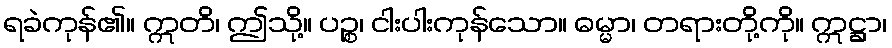
ရခဲကုန်၏။ ဣတိ၊ ဤသို့။ ပဉ္စ၊ ငါးပါးကုန်သော။ ဓမ္မာ၊ တရားတို့ကို။ ဣဋ္ဌာ၊